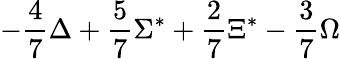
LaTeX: -{\frac{4}{7}}\Delta+{\frac{5}{7}}\Sigma^{*}+{\frac{2}{7}}\Xi^{*}-{\frac{3}{7}}\Omega